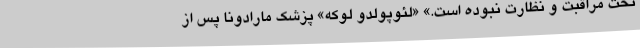
تحت مراقبت و نظارت نبوده است.» «لئوپولدو لوکه» پزشک مارادونا پس از